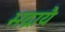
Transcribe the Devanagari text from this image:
भद्रायै